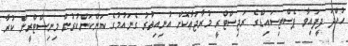
ހުއްދަ ދީފައިވާ ޕެސްޓިސައިޑްގެ ރަޖިސްޓްރީ މުރާޖަޢާކޮށް އުނިއިތުރު ގެނައުމުގެ ކަންކަންކުރުން މިނިސްޓްރީން ކުރާ